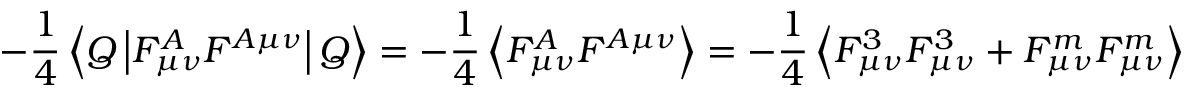
- \frac { 1 } { 4 } \left\langle Q \left| \cal F _ { \mu \nu } ^ { \cal A } \cal F ^ { \cal A \mu \nu } \right| Q \right\rangle = - \frac { 1 } { 4 } \left\langle \cal F _ { \mu \nu } ^ { \cal A } \cal F ^ { \cal A \mu \nu } \right\rangle = - \frac { 1 } { 4 } \left\langle { \cal F } _ { \mu \nu } ^ { 3 } { \cal F } _ { \mu \nu } ^ { 3 } + { \cal F } _ { \mu \nu } ^ { m } { \cal F } _ { \mu \nu } ^ { m } \right\rangle